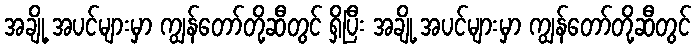
အချို့ အပင်များမှာ ကျွန်တော်တို့ဆီတွင် ရှိပြီး အချို့ အပင်များမှာ ကျွန်တော်တို့ဆီတွင်